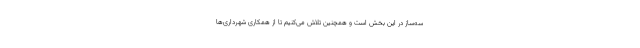
سه‌ساز در این بخش است و همچنین تلاش می‌کنیم تا از همکاری شهرداری‌ها